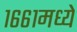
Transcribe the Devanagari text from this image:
१६६१मध्ये